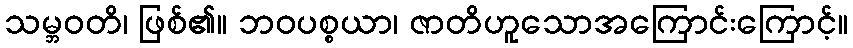
သမ္ဘဝတိ၊ ဖြစ်၏။ ဘဝပစ္စယာ၊ ဇာတိဟူသောအကြောင်းကြောင့်။